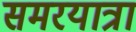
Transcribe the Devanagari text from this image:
समरयात्रा